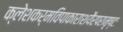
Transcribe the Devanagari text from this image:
क्लेशकर्मविपाकाराशयैरपरामृष्टः